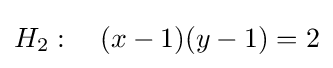
H_{2}:\quad (x-1)(y-1)=2